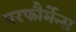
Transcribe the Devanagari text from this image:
परफौर्मेन्स